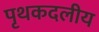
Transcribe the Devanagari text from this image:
पृथकदलीय